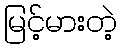
မြင့်မားတဲ့